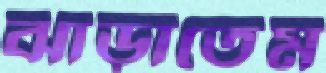
ঝাড়াতেম